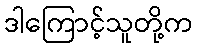
ဒါကြောင့်သူတို့က